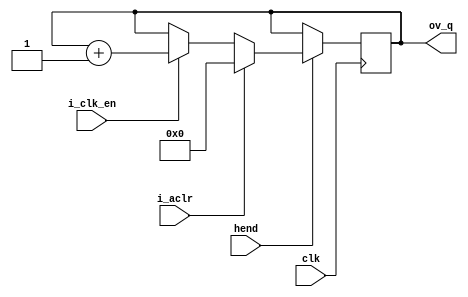
//-------------------------------------------------------------------------------------------------
//  --    : , 2010 -2015.
//  --      .
//  --          : FPGA
//  --        : counter
//  --        : 
//-------------------------------------------------------------------------------------------------
//
//  --  :
//
//  --          :| 				:|  
//-------------------------------------------------------------------------------------------------
//  --        :| 2013/12/17 13:03:23	:|  
//-------------------------------------------------------------------------------------------------
//
//  --      :
//              1)  : ... ...
//
//              2)  : ... ...
//
//              3)  : ... ...
//
//-------------------------------------------------------------------------------------------------

///
`timescale 1ns/1ps
//-------------------------------------------------------------------------------------------------

`timescale 1 ns / 1 ps
module counter (
	input 	 			clk		,		//
	input				hend	,
	input 	 			i_clk_en,		//
	input 	 			i_aclr	,		//
	output reg [15:0]	ov_q			//
	);

	always@(posedge clk) begin
		if(hend) begin
			if(i_aclr) begin
				ov_q <= 16'h0;
			end else if(i_clk_en) begin
				ov_q <= ov_q + 16'h1;
			end else begin
				ov_q <= ov_q;
			end
		end

	end

endmodule